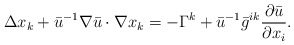
\begin{align*}\Delta x_k + \bar u^{-1} \nabla \bar u \cdot \nabla x_k = -\Gamma^k + \bar u^{-1} \bar g^{ik} \frac{\partial \bar u}{\partial x_i}.\end{align*}